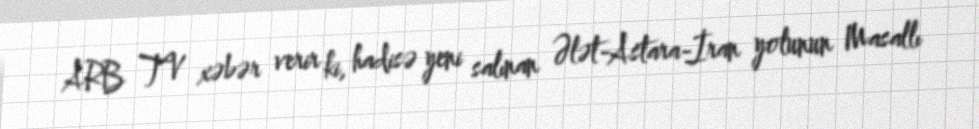
ARB TV xəbər verir ki, hadisə yeni salınan Ələt-Astara-İran yolunun Masallı